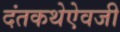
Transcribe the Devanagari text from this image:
दंतकथेऐवजी